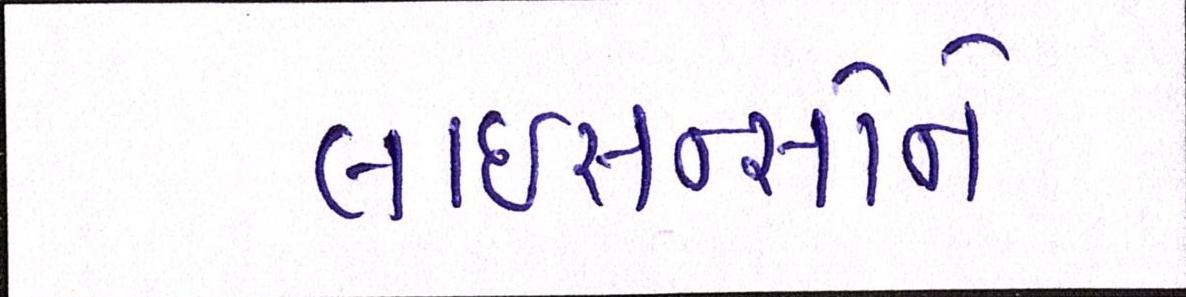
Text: લાઇસન્સોને